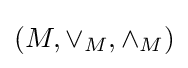
\left(M,\vee _{M},\wedge _{M}\right)